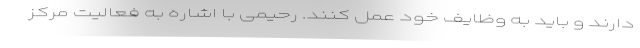
دارند و باید به وظایف خود عمل کنند. رحیمی با اشاره به فعالیت مرکز